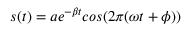
s ( t ) = a e ^ { - \beta t } c o s ( 2 \pi ( \omega t + \phi ) )